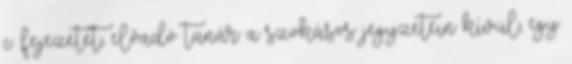
c. fejezetet, előadó tanár a szokásos jegyzetein kívül, egy